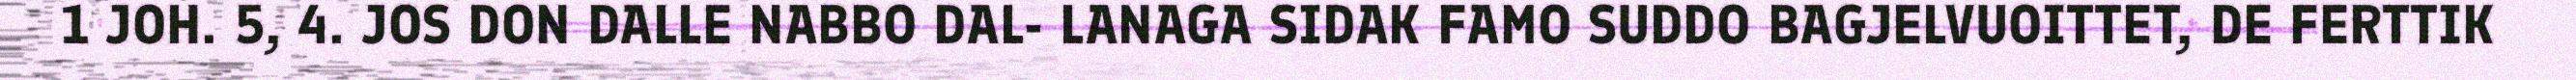
1 JOH. 5, 4. JOS DON DALLE NABBO DAL- LANAGA SIDAK FAMO SUDDO BAGJELVUOITTET, DE FERTTIK